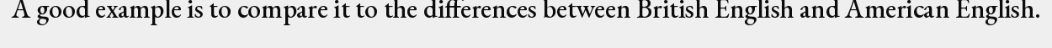
A good example is to compare it to the differences between British English and American English.